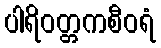
ပါရိဝတ္တကစီဝရံ